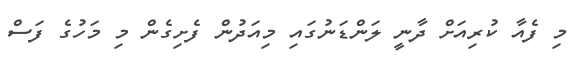
މި ފެއާ ކުރިއަށް ދާނީ ލަންޑަނުގައި މިއަދުން ފެށިގެން މި މަހުގެ ފަސް